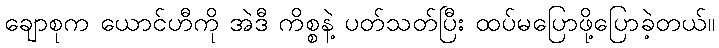
ချောစုက ယောင်ဟီကို အဲဒီ ကိစ္စနဲ့ ပတ်သတ်ပြီး ထပ်မပြောဖို့ပြောခဲ့တယ်။